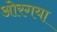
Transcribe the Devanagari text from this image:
ओरगया